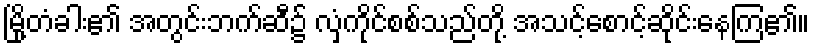
မြို့တံခါး၏ အတွင်းဘက်ဆီ၌ လှံကိုင်စစ်သည်တို့ အသင့်စောင့်ဆိုင်းနေကြ၏။